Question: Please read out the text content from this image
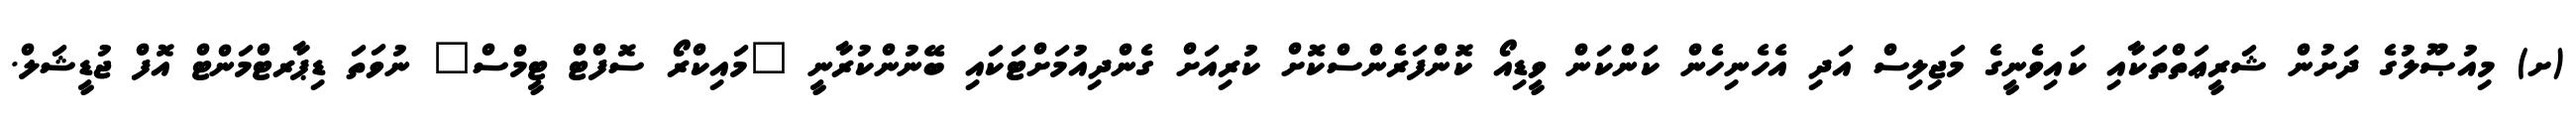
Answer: (ށ) މިއުޞޫލުގެ ދަށުން ޝަރީޢަތްތަކާއި ކައިވެނީގެ މަޖިލިސް އަދި އެހެނިހެން ކަންކަން ވީޑިއޯ ކޮންފަރެންސްކޮށް ކުރިއަށް ގެންދިއުމަށްޓަކައި ބޭނުންކުރާނީ "މައިކްރޯ ސޮފްޓް ޓީމްސް" ނުވަތަ ޑިޕާރޓްމަންޓް އޮފް ޖުޑީޝަލް.